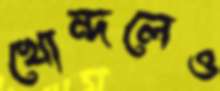
খোন্দলেও